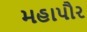
મહાપૌર